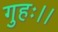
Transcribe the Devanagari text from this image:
गुहः।।